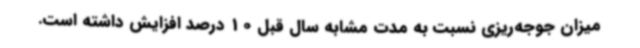
میزان جوجه‌ریزی نسبت به مدت مشابه سال قبل 10 درصد افزایش داشته است.